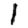
Digit: 1